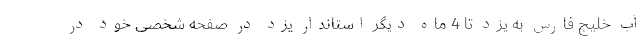
آب خلیج فارس به یزد تا 4 ماه دیگر استاندار یزد در صفحه شخصی خود در